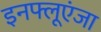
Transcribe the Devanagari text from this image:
इनफ्लूएंजा